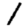
Digit: 1